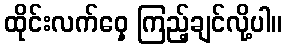
ထိုင်းလက်ဝှေ့ ကြည့်ချင်လို့ပါ။